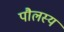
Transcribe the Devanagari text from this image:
पौलस्य